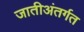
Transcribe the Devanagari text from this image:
जातीअंतर्गत